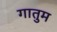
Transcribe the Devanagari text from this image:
गातुम